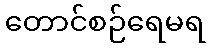
တောင်စဉ်ရေမရ